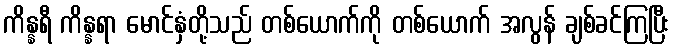
ကိန္နရီ ကိန္နရာ မောင်နှံတို့သည် တစ်ယောက်ကို တစ်ယောက် အလွန် ချစ်ခင်ကြပြီး